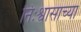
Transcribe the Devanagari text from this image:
निःश्वासाच्या